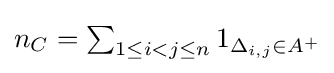
{\textstyle n_{C}=\sum _{1\leq i<j\leq n}1_{\Delta _{i,j}\in A^{+}}}